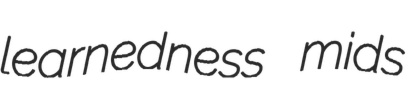
learnedness mids